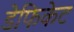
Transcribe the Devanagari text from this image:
डेफिकेट